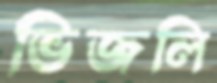
ভিজলি